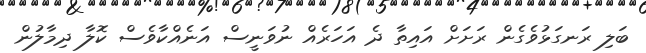
ބަލި ރަނގަޅުވެގެން ރަށަށް އައިތާ ދެ އަހަރެއް ނުވަނީސް އަނެއްކާވެސް ކޮލާ ދިމާލުން